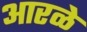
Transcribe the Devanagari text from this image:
आरळे